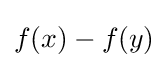
f(x)-f(y)